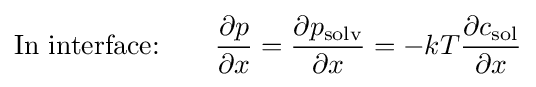
{\text{In interface:}}~~~~~~{\frac {\partial p}{\partial x}}={\frac {\partial p_{\text{solv}}}{\partial x}}=-kT{\frac {\partial c_{\text{sol}}}{\partial x}}